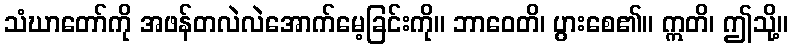
သံဃာတော်ကို အဖန်တလဲလဲအောက်မေ့ခြင်းကို။ ဘာဝေတိ၊ ပွားစေ၏။ ဣတိ၊ ဤသို့။